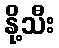
နို့သီး